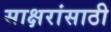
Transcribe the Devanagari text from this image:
साक्षरांसाठी